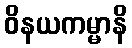
ဝိနယကမ္မာနိ